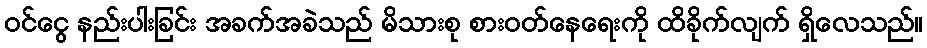
ဝင်ငွေ နည်းပါးခြင်း အခက်အခဲသည် မိသားစု စားဝတ်နေရေးကို ထိခိုက်လျက် ရှိလေသည်။